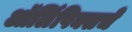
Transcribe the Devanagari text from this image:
ऑलिंपिक्सचे